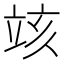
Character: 𥩲